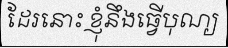
ដែរនោះ ខ្ញុំនឹងធ្វើបុណ្យ